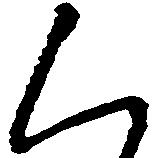
く